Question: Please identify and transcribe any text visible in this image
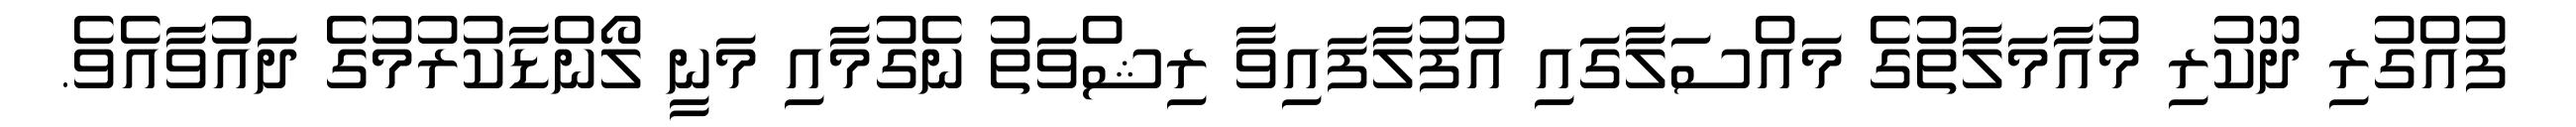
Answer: ފުއްގުރި ދޫކުރި މުއާމަލާތުގެ މައްސަލާގައި އުފުލާފައިވާ ރިޝްވަތު ނެގުމާއި މަނީ ލޯންޑާކުރުމުގެ ދައުވާއެވެ.